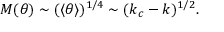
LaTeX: M ( \theta ) \sim ( \langle \theta \rangle ) ^ { 1 / 4 } \sim ( k _ { c } - k ) ^ { 1 / 2 } .